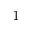
^ 1